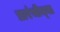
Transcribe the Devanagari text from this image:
प्रारंभीच्‍या